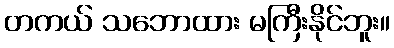
တကယ် သဘောထား မကြီးနိုင်ဘူး။